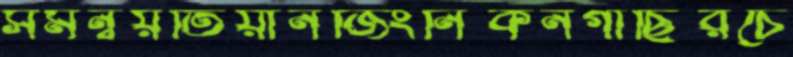
সমন্বয়তিয়ানজিংনিকনগাছিরচে